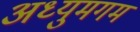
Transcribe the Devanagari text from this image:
अध्युमगम